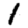
Digit: 1